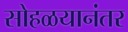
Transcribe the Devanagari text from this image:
सोहळयानंतर